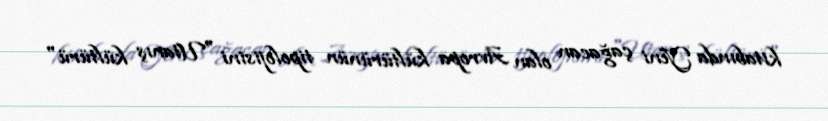
kitabında Yeni çağacan olan Avropa kültürünün tipolojisini "Utanış kültürü"